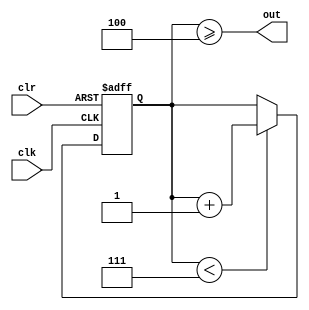
module Counter0_7(
    input  wire clk, clr,
    output reg  out
);
    reg [2:0] state;

    always @(posedge clk, posedge clr) begin
        if (clr)
            state = 3'd0;
        else if (state < 3'd7)
            state = state + 3'd1;
    end

    always @(state) begin
        out = state >= 3'd4;
    end

endmodule